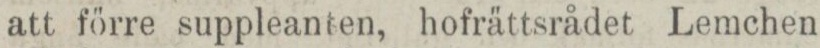
att förre suppleanten, hofrättsrådet Lemchen